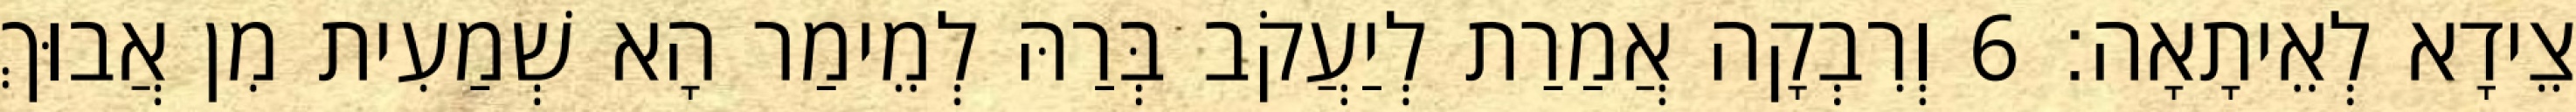
צֵידָא לְאֵיתָאָה׃ 6 וְרִבְקָה אֲמַרַת לְיַעֲקֹב בְּרַהּ לְמֵימַר הָא שְׁמַעִית מִן אֲבוּךְ